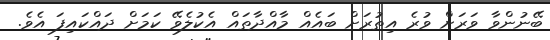
ބޭނުންވާ ވަރަށް ވުރެ އިތުރަށް ބައެއް މާއްދާތައް އެކުލެވޭ ކަމަށް ދައްކައިފަ އެވެ.